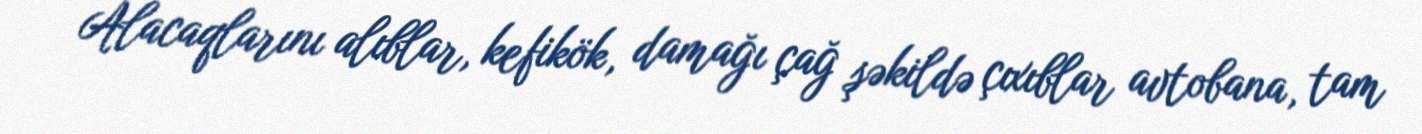
Alacaqlarını alıblar, kefikök, damağı çağ şəkildə çıxıblar avtobana, tam